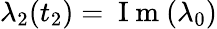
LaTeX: \lambda_{2}(t_{2})=\mathrm{~I~m~}(\lambda_{0})